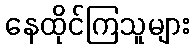
နေထိုင်ကြသူများ